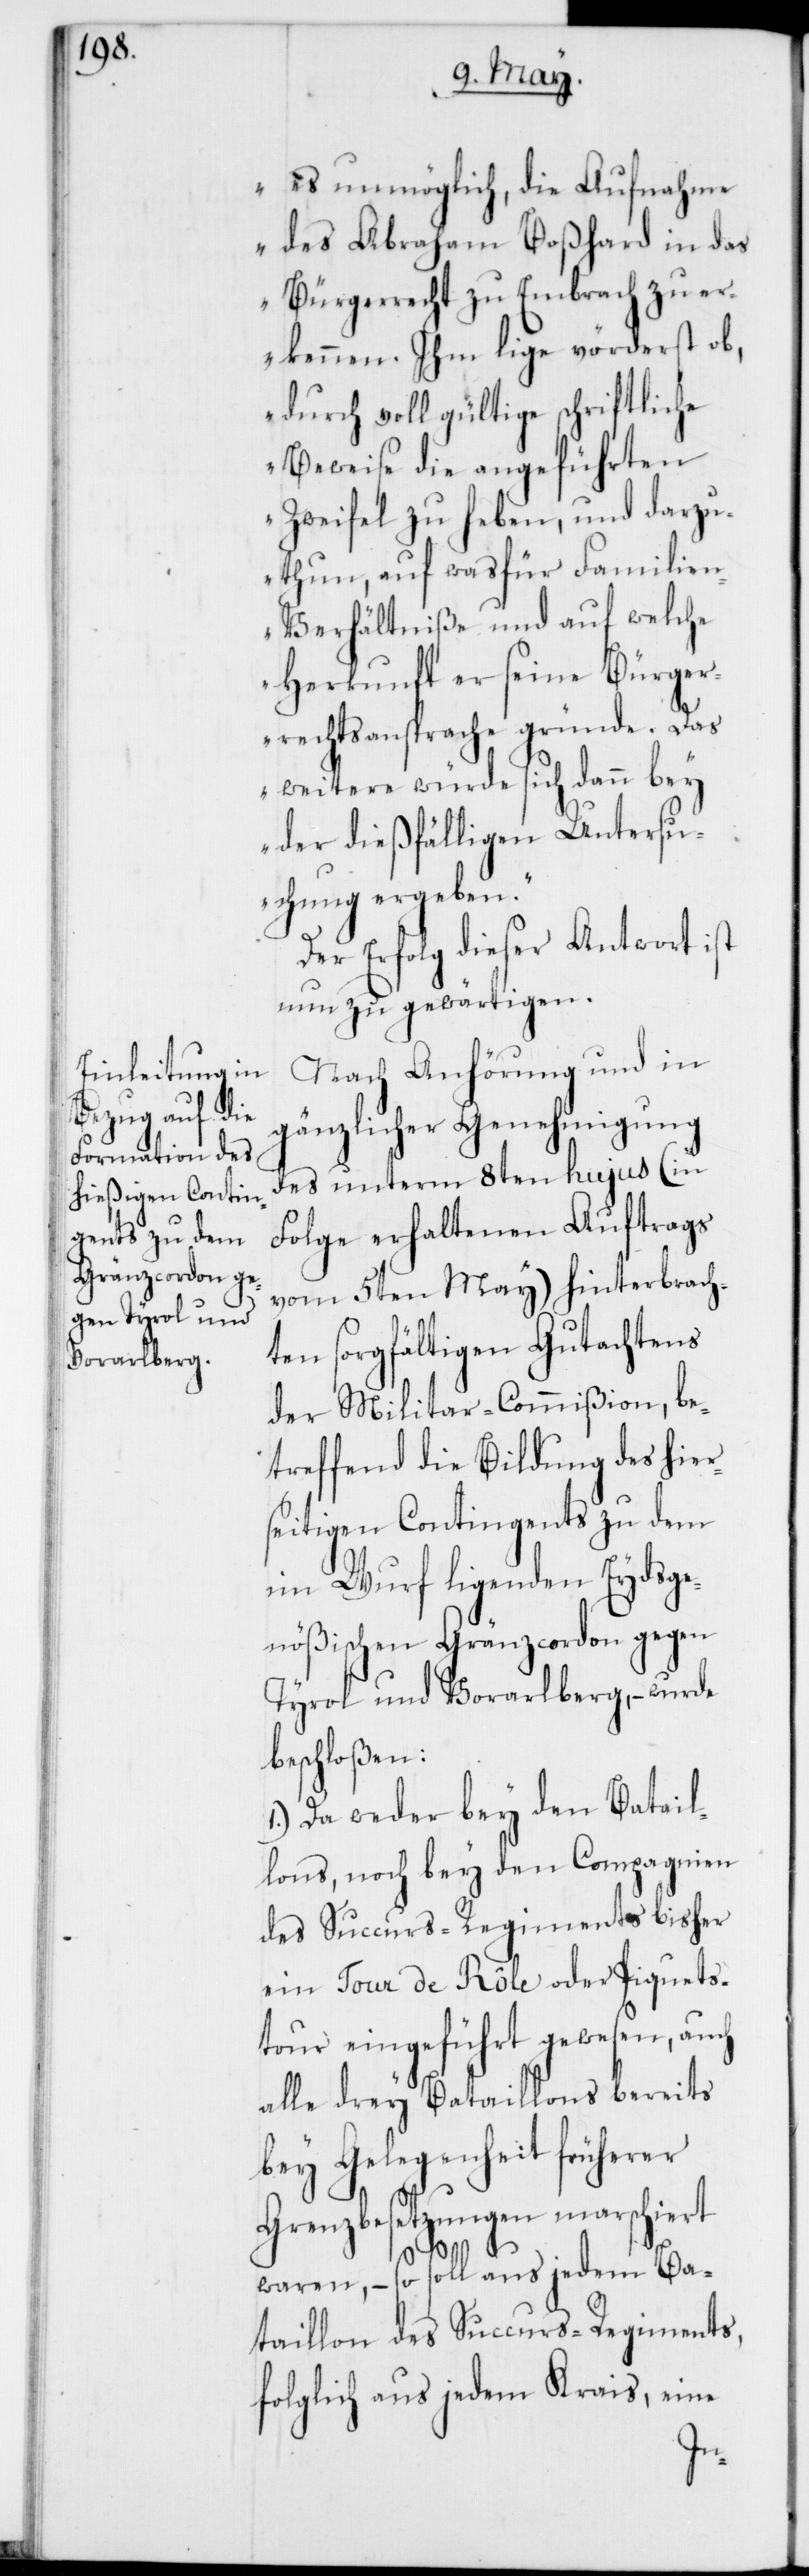
es unmöglich, die Aufnahme
des Abraham Boßhard in das
Bürgerrecht zu Embrach zu er¬
kennen. Ihm lige vörderst ob,
durch voll gültige schriftliche
Beweise die angeführten
Zweifel zu heben, und darzu¬
thun, auf was für Familie¬
n-Verhältniße und auf welche
Herkunft er seine Bürger¬
rechtsansprache gründe. Das
weitere würde sich dann bey
der dießfälligen Untersu¬
chung ergeben“.
Der Erfolg dieser Antwort ist
nun zu gewärtigen.
Nach Anhörung und in
gänzlicher Genehmigung
des unterm 8ten hujus (in
Folge erhaltenen Auftrags
vom 5ten May) hinterbrach¬
ten sorgfältigen Gutachtens
der Militair-Commißion, be¬
treffend die Bildung des hiers¬
eitigen Contingents zu dem
im Wurf ligenden Eydsge¬
nößischen Gränzcordon gegen
Tyrol und Vorarlberg, – wurde
beschloßen:
1.) Da weder bey den Batail¬
lons, noch bey den Compagnien
des Succurs-Regiments bisher
ein Tour de Rôle oder Piquets¬
tour eingeführt gewesen, auch
alle drey Bataillons bereits
bey Gelegenheit früherer
Grenzbesetzungen marschiert
waren, – so soll aus jedem Ba¬
taillon des Succurs-Regiments,
folglich aus jedem Kreis, eine